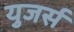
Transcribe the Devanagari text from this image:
युजर्स